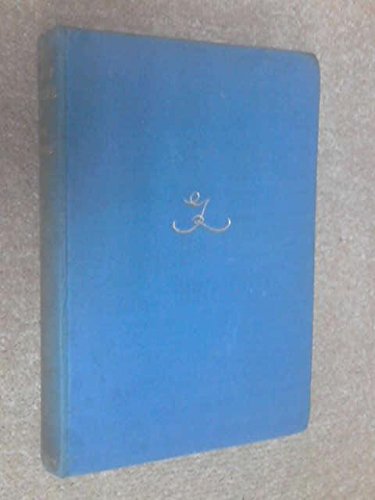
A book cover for The coast of pleasure;: Chapters practical, geographical and anecdotal on the social, open-air restaurant life of the French Riviera, with a few notes ... ways of approach to the resort of worldlings,; Grant Richards; Travel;